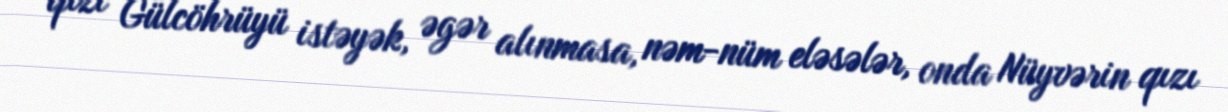
qızı Gülcöhrüyü istəyək, əgər alınmasa, nəm-nüm eləsələr, onda Nüyvərin qızı